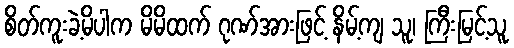
စိတ်ကူးခဲ့မိပါက မိမိထက် ဂုဏ်အားဖြင့် နိမ့်ကျ သူ၊ ကြီးမြင့်သူ